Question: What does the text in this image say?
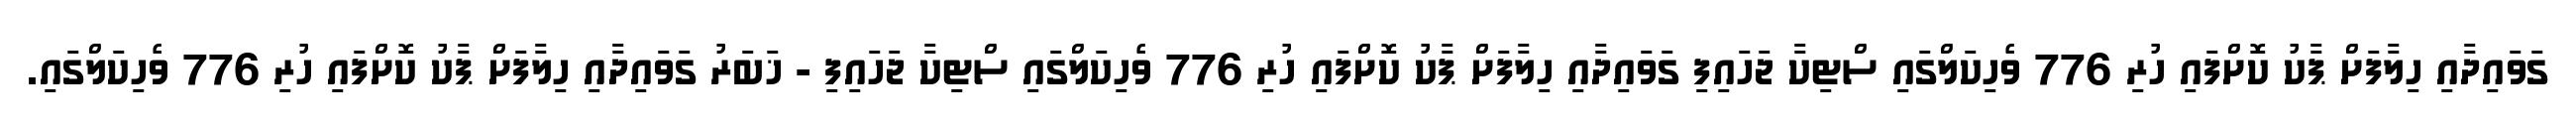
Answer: ގަވައިދާއި ހިލާފަށް ޕާކު ކޮށްފައި ހުރި 776 ވެހިކަލްގައި ސްޓިކާ ޖަހައިފި ގަވައިދާއި ހިލާފަށް ޕާކު ކޮށްފައި ހުރި 776 ވެހިކަލްގައި ސްޓިކާ ޖަހައިފި - ޚަބަރު ގަވައިދާއި ހިލާފަށް ޕާކު ކޮށްފައި ހުރި 776 ވެހިކަލްގައި.